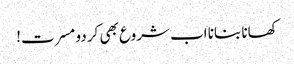
کھانا بنانا اب شروع بھی کر دو مسرت!